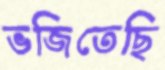
ভজিতেছি